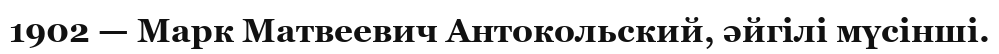
1902 — Марк Матвеевич Антокольский, әйгілі мүсінші.